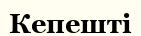
Кепешті